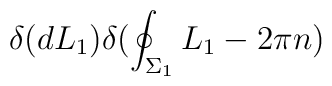
\delta(dL_{1})\delta(\oint_{\Sigma_{1}}L_1 -2\pi n)